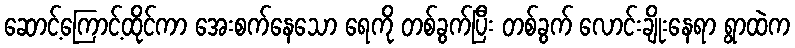
ဆောင့်ကြောင့်ထိုင်ကာ အေးစက်နေသော ရေကို တစ်ခွက်ပြီး တစ်ခွက် လောင်းချိုးနေရာ ရွာထဲက